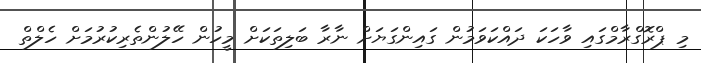
މި ޕްރޮގްރާމްގައި ވާހަކަ ދައްކަވަމުން ގައިންގަޔަށް ނާރާ ބަލިތަކަށް މީހުން ހޭލުންތެރިކުރުމަށް ހެލްތް